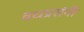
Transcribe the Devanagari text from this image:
वधप्रसंगी